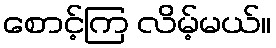
စောင့်ကြ လိမ့်မယ်။